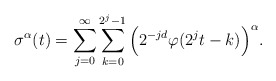
\begin{align*}\sigma^\alpha(t)= \sum_{j=0}^{\infty}\sum_{k=0}^{2^{j}-1} \Big( 2^{-jd} \varphi(2^jt -k)\Big)^\alpha.\end{align*}